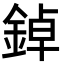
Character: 鋽